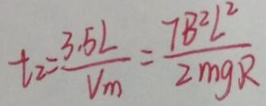
t _ { 2 } = \frac { 3 . 5 L } { V _ { m } } = \frac { 7 B ^ { 2 } L ^ { 2 } } { 2 m g R }